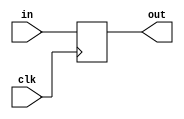
`timescale 1ns / 1ps
//////////////////////////////////////////////////////////////////////////////////
// Company: 
// Engineer: 
// 
// Design Name: 
// Module Name: DataRegister
// Project Name: 
// Target Devices: 
// Tool Versions: 
// Description: 
// 
// Dependencies: 
// 
// Revision:
// Revision 0.01 - File Created
// Additional Comments:
// 
//////////////////////////////////////////////////////////////////////////////////


module DataRegister(
    input clk,
    input [31:0] in,
    output reg [31:0] out
    );
    // 
    always @(posedge clk) begin
            out = in;
    end
endmodule